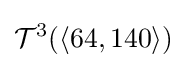
{\mathcal {T}}^{3}(\langle 64,140\rangle )